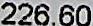
226.60